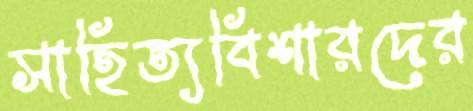
সাহিত্যবিশারদের